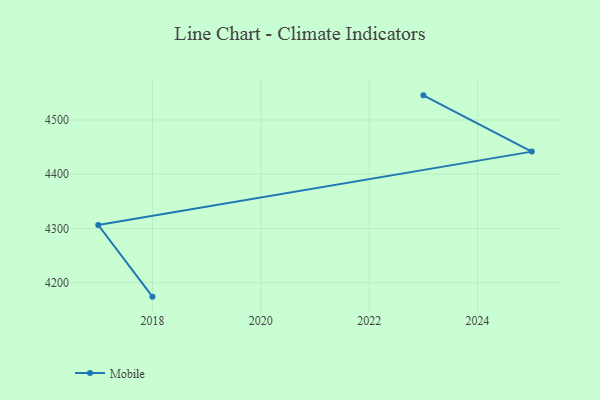
{"axis": {"x": "Year", "y": "LTV (USD)"}, "legend": ["Mobile"], "data": [{"x": "2018", "y": 4174.3, "type": "Mobile"}, {"x": "2017", "y": 4306.2, "type": "Mobile"}, {"x": "2025", "y": 4441.6, "type": "Mobile"}, {"x": "2023", "y": 4545.3, "type": "Mobile"}]}